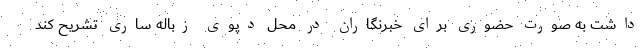
داشت به صورت حضوری برای خبرنگاران در محل دپوی زباله ساری تشریح کند